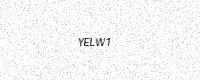
Text: YELW1